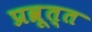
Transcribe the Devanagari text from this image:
प्रव्रूत्त